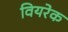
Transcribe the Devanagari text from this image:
वियरेक